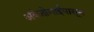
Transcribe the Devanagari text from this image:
अंबेजोगाईपासून